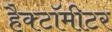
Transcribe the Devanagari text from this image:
हैक्टॉमीटर